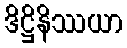
ဒိဋ္ဌိနိဿယာ